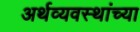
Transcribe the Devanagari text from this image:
अर्थव्यवस्थांच्या